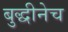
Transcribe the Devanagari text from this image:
बुद्धीनेच